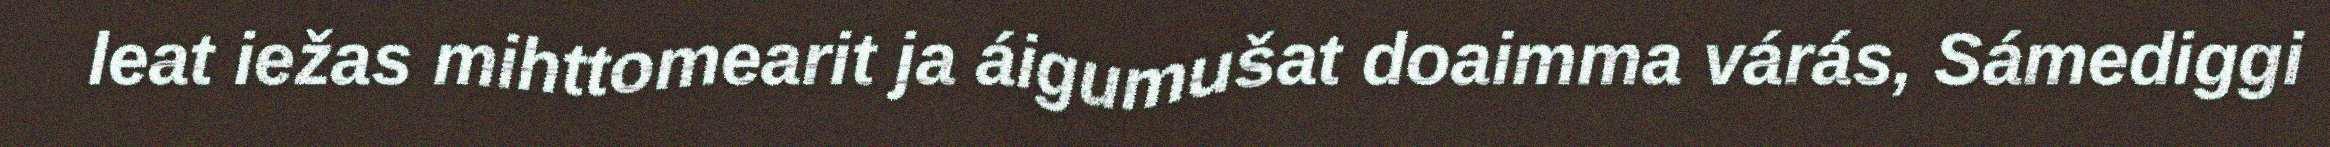
leat iežas mihttomearit ja áigumušat doaimma várás, Sámediggi